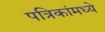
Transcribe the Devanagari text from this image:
पत्रिकांमध्ये